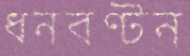
ধনবণ্টন